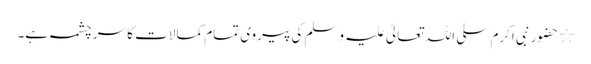
٭ حضور نبی اکرم سلی اللہ تعالیٰ علیہ وسلم کی پیروی تمام کمالات کا سر چشمہ ہے۔